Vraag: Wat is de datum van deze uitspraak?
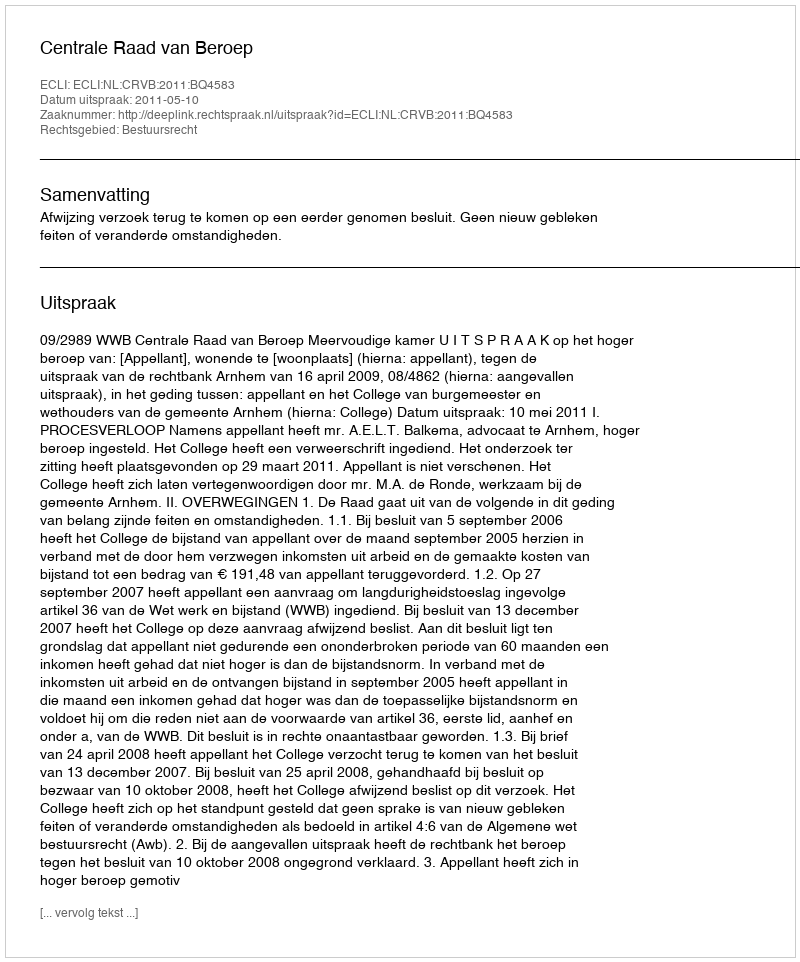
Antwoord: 2011-05-10